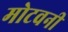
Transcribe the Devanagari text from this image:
मोटवनी